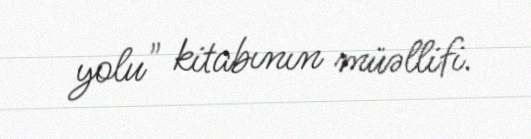
yolu" kitabının müəllifi.